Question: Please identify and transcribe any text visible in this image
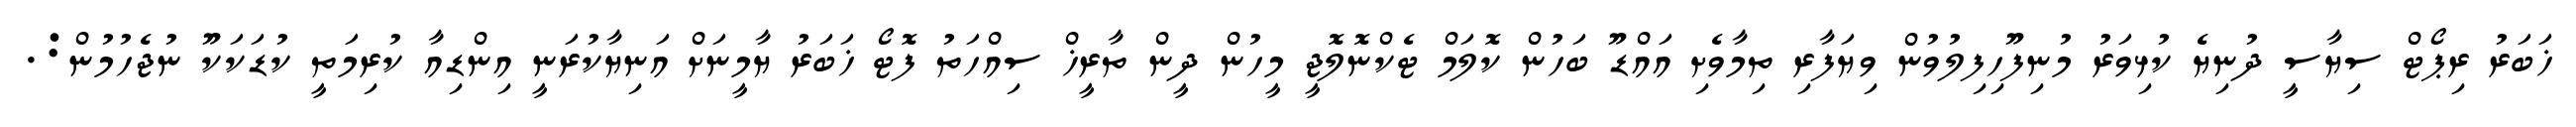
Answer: ޚަބަރު ރިޕޯޓް ސިޔާސީ ދުނިޔެ ކުޅިވަރު މުނިފޫހިފިލުވުން ވިޔަފާރި ތިމާވެށި އައްޑޫ ބަހުން ކޮލަމް ޓެކްނޮލޮޖީ މީހުން ދީން ތާރީޚް ސިއްހަތު ފޮޓޯ ޚަބަރު ޔާމީނަށް އަނިޔާކުރަނީ އިންޑިއާ ކުރިމަތީ ކުޑަކަކޫ ނުޖެހުމުން:.